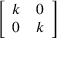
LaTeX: \left[ \begin{array} { l l } { k } & { 0 } \\ { 0 } & { k } \end{array} \right]